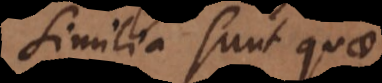
similia sunt quae